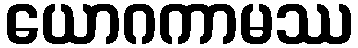
ယောဂကာမဿ